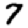
Digit: 7